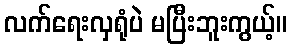
လက်ရေးလှရုံပဲ မပြီးဘူးကွယ့်။